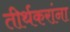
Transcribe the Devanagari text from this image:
तीर्थकरांना